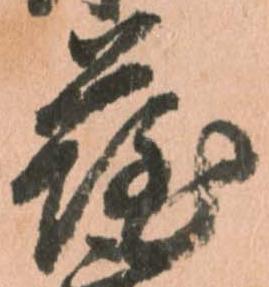
薩